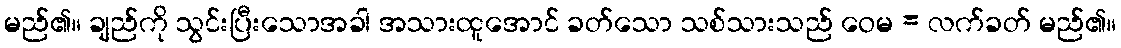
မည်၏။ ချည်ကို သွင်းပြီးသောအခါ အသားထူအောင် ခတ်သော သစ်သားသည် ဝေမ = လက်ခတ် မည်၏။